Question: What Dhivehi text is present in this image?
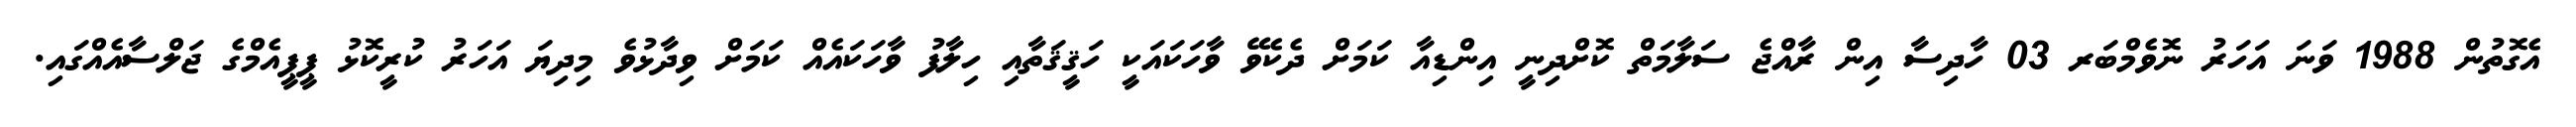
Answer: އެގޮތުން 1988 ވަނަ އަހަރު ނޮވެމްބަރ 03 ހާދިސާ އިން ރާއްޖެ ސަލާމަތް ކޮށްދިނީ އިންޑިއާ ކަމަށް ދެކެވޭ ވާހަކައަކީ ހަޤީޤަތާއި ހިލާފު ވާހަކައެއް ކަމަށް ވިދާޅުވެ މިދިޔަ އަހަރު ކުރީކޮޅު ޕީޕީއެމްގެ ޖަލްސާއެއްގައި.